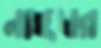
নাইঘর